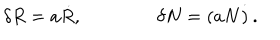
LaTeX: \delta R = a \dot { R } , \qquad \qquad \delta N = ( a N \dot { ) } \, .